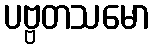
ပဗ္ဗတသမော